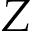
Z